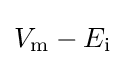
V_{\mathrm {m} }-E_{\mathrm {i} }\